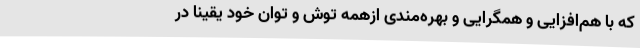
که با هم‌افزایی و همگرایی و بهره‌مندی ازهمه توش و توان خود یقینا در